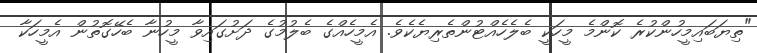
"ތިޔަބައިމީހުންކުރެ ކޮންމެ މީހަކީ ބެލެހެއްޓުންތެރިޔެކެވެ. އެމީހެއްގެ ބެލުމުގެ ދަށުގައިވާ މީހުނާ ބެހޭގޮތުން އެމީހަކާ